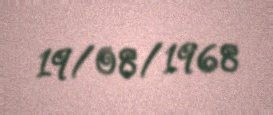
19/08/1968